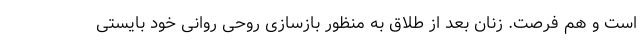
است و هم فرصت. زنان بعد از طلاق به منظور بازسازی روحی روانی خود بایستی